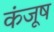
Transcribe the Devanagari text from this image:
कंजूष